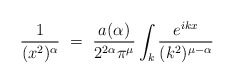
\begin{align*}\frac{1}{(x^2)^\alpha} ~=~ \frac{a(\alpha)}{2^{2\alpha}\pi^\mu} \int_k\frac{e^{ikx}}{(k^2)^{\mu-\alpha}}\end{align*}